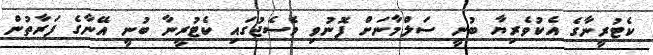
ކެޓުރީނާގެ އެކުވެރިޔާ ބުނީ ސަލްމާނަށް ފޮނުވި މެސެޖުގައި ކެޓުރީނާ ބުނީ އޭނާގެ ފަރާތުން